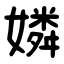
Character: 嫾